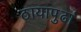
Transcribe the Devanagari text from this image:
ठायापुढां